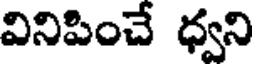
వినిపించే ధ్వని